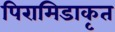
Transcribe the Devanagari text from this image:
पिरामिडाकृत